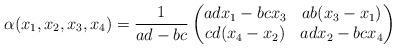
LaTeX: \begin{align*}\alpha(x_1, x_2,x_3,x_4) = \frac{1}{ad-bc} \left(\begin{matrix} adx_1 -bcx_3 & ab (x_3 - x_1) \\ cd(x_4-x_2) & ad x_2-bc x_4 \end{matrix}\right) \end{align*}